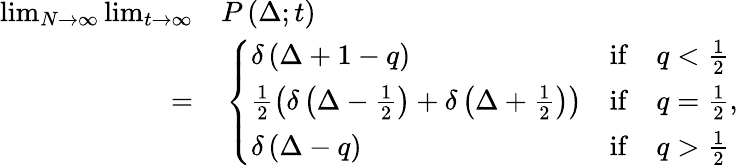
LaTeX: \begin{array}{rl}{\operatorname*{lim}_{N\to\infty}\operatorname*{lim}_{t\to\infty}}&{{}P\left(\Delta;t\right)}\\ {=}&{{}\left\{ \begin{array}{lcc}{\delta\left(\Delta+1-q\right)}&{\mathrm{if}}&{q<\frac{1}{2}}\\ {\frac{1}{2}\left(\delta\left(\Delta-\frac{1}{2}\right)+\delta\left(\Delta+\frac{1}{2}\right)\right)}&{\mathrm{if}}&{q=\frac{1}{2}}\\ {\delta\left(\Delta-q\right)}&{\mathrm{if}}&{q>\frac{1}{2}}\end{array}\right.,}\end{array}